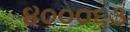
૪૦૦૦૬૩